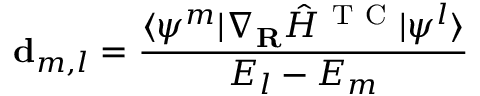
{ \bf { d } } _ { m , l } = \frac { \langle \psi ^ { m } | \nabla _ { \bf { R } } \hat { H } ^ { \mathrm { ~ T ~ C ~ } } | \psi ^ { l } \rangle } { E _ { l } - E _ { m } }